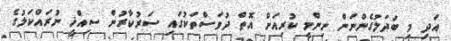
އަދި މި ބަދަލުގެންނަން ނިންމީ ކުރިއަށް އޮތް ދުވަސްތަކުގައި ސަރުކާރުން ސިއްޚީ ނުރައްކަލުގެ